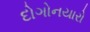
દોગોનયારો